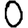
Digit: 0